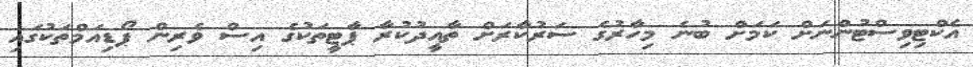
އެކްޓިވިސްޓުންނަށް ކަމަށް ބުނެ މިހާރުގެ ސަރުކާރަށް ތާއީދުކުރާ ޕާޓީތަކުގެ އިސް ވެރިން ޕޯޑިއަމްތަކުގައި